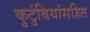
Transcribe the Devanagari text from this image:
कुटुंबियांसहित